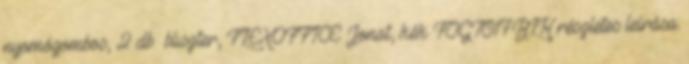
nyomógombos, 2 db bliszter, FLEXOFFICE Jonat, kék FOGT017BLK részletes leírása: